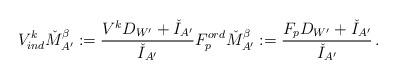
LaTeX: \begin{align*}V^k_{ind} \check{M}_{A'}^\beta := \frac{V^k D_{W'} + \check{I}_{A'}}{\check{I}_{A'}} F_p^{ord} \check{M}_{A'}^\beta := \frac{F_p D_{W'} +\check{I}_{A'}}{\check{I}_{A'}}\, .\end{align*}